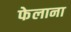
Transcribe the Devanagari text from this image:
फेलाना